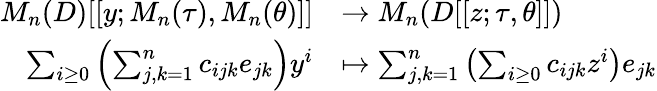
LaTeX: \begin{array}{rl}{M_{n}(D)[[y;M_{n}(\tau),M_{n}(\theta)]]}&{\to M_{n}(D[[z;\tau,\theta]])}\\ {\sum_{i\geq 0}\left(\sum_{j,k=1}^{n}c_{ijk}e_{jk}\right)y^{i}}&{\mapsto\sum_{j,k=1}^{n}\left(\sum_{i\geq 0}c_{ijk}z^{i}\right)e_{jk}}\end{array}